Reports on military cantonments and civil stations in the Presidency of Bombay inspected by the Sanitary Commissioner in the years 1875 and 1876
Year: 1875
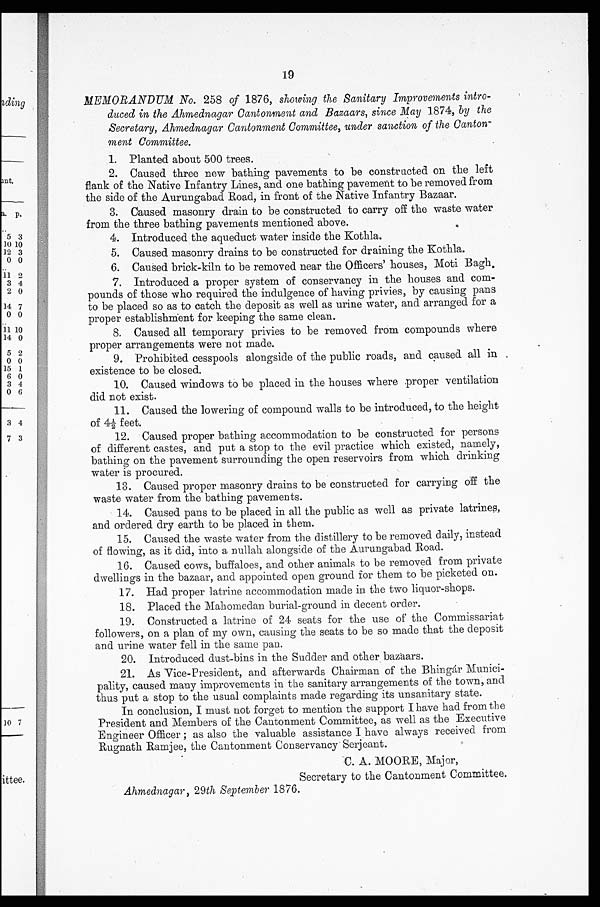
19
MEMORANDUM No. 258 of 1876, showing the Sanitary Improvements intro-
duced in the Ahmednagar Cantonment and Bazaars, since May 1874, by the
Secretary, Ahmednagar Cantonment Committee, under sanction of the Canton-
ment Committee.
1. Planted about 500 trees.
2. Caused three new bathing pavements to be constructed on the left
flank of the Native Infantry Lines, and one bathing pavement to be removed from
the side of the Aurungabad Road, in front of the Native Infantry Bazaar.
3. Caused masonry drain to be constructed to carry off the waste water
from the three bathing pavements mentioned above.
4. Introduced the aqueduct water inside the Kothla.
5. Caused masonry drains to be constructed for draining the Kothla.
6. Caused brick-kiln to be removed near the Officers' houses, Moti Bagh.
7. Introduced a proper system of conservancy in the houses and com-
pounds of those who required the indulgence of having privies, by causing pans
to be placed so as to catch the deposit as well as urine water, and arranged for a
proper establishment for keeping the same clean.
8. Caused all temporary privies to be removed from compounds where
proper arrangements were not made.
9. Prohibited cesspools alongside of the public roads, and caused all in
existence to be closed.
10. Caused windows to be placed in the houses where proper ventilation
did not exist.
11. Caused the lowering of compound walls to be introduced, to the height
of 4½ feet.
12. Caused proper bathing accommodation to be constructed for persons
of different castes, and put a stop to the evil practice which existed, namely,
bathing on the pavement surrounding the open reservoirs from which drinking
water is procured.
13. Caused proper masonry drains to be constructed for carrying off the
waste water from the bathing pavements.
14. Caused pans to be placed in all the public as well as private latrines,
and ordered dry earth to be placed in them.
15. Caused the waste water from the distillery to be removed daily, instead
of flowing, as it did, into a nullah alongside of the Aurungabacl Road.
16. Caused cows, buffaloes, and other animals to be removed from private
dwellings in the bazaar, and appointed open ground for them to be picketed on.
17. Had proper latrine accommodation made in the two liquor-shops.
18. Placed the Mahomedan burial-ground in decent order.
19. Constructed a latrine of 24 seats for the use of the Commissariat
followers, on a plan of my own, causing the seats to be so made that the deposit
and urine water fell in the same pan.
20. Introduced dust-bins in the Sudder and other bazaars.
21. As Vice-President, and afterwards Chairman of the BhingLir Munici-
- p a l i t y , c a u s e d m a n y i m p r o v e m e n t s i n t h e s a n i t a r y a r r a n g e m e n t s o f t h e t o w n , a n d
thus put a stop to the usual complaints made regarding its unsanitary state.
In conclusion, I must not forget to mention the support I have had from the
President and Members of the Cantonment Committee, as well as the Executive
Engineer Officer ; as also the valuable assistance I have always received from
Rugnath Ramjee, the Cantonment Conservancy Serjeant.
Secretary to the Cantonment Committee.
Ahmednagar, 29 th September 1876.